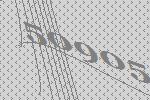
50905